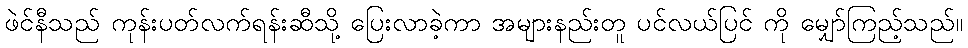
ဖဲင်နီသည် ကုန်းပတ်လက်ရန်းဆီသို့ ပြေးလာခဲ့ကာ အများနည်းတူ ပင်လယ်ပြင် ကို မျှော်ကြည့်သည်။